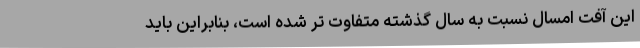
این آفت امسال نسبت به سال گذشته متفاوت تر شده است، بنابراین باید